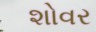
શોવર